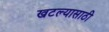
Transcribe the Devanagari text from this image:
खटल्यासाठी